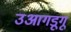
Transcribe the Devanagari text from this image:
उआगडूगू